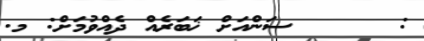
:      ސަންއަށް ޚަބަރެއް ދެއްވުމަށް: މ.